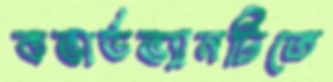
কভার্ডভ্যানটিতে